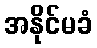
အနိုင်မခံ